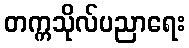
တက္ကသိုလ်ပညာရေး